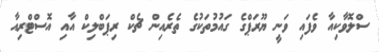
ސްލޮވާކިއާ ވެފައި ވަނީ ޔޫރަޕްގެ ގައުމުތަކުގެ ތެރެއިން ޗެކް ރިޕަބްލިކް އާއި އޮސްޓްރިއާ